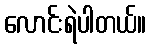
လောင်းရဲပါတယ်။